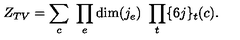
Z _ { T V } = \sum _ { c } \ \prod _ { e } \mathrm { d i m } ( j _ { e } ) \ \prod _ { t } \{ 6 j \} _ { t } ( c ) .